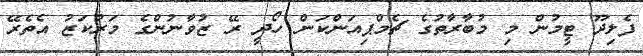
ފެލިދޫ ޓީމުން މި މުބާރާތުގެ ޗެމްޕިއަންކަން ހޯދީ ރޭ ޒުވާނުންގެ މަރުކަޒު އެތެރޭ